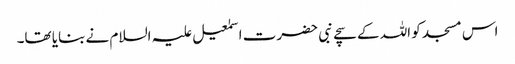
اس مسجد کو اللہ کے سچے نبی حضرت اسمٰعیل علیہ السلام نے بنایا تھا۔